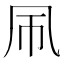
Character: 𫥞